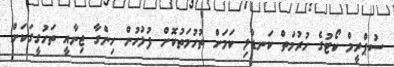
ސުޕްރީމް ކޯޓުގެ ހުރުމަތް ކަނޑާލި ކަމަށް ތުހުމަތުކޮށް ފުލުހުން ހިންގާ ޖިނާއީ ތަހުގީގަކަށް